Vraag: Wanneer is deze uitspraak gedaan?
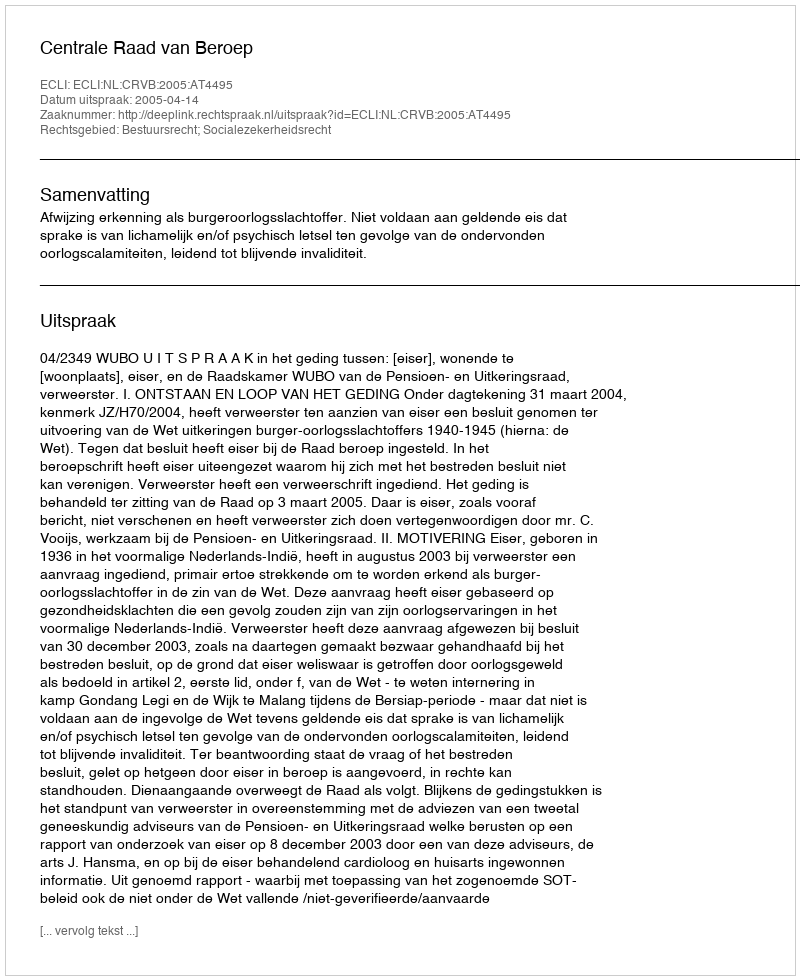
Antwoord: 2005-04-14